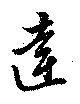
達